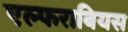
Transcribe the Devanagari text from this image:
एल्फराबियस